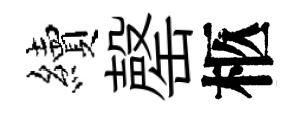
續罄柩